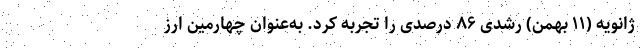
ژانویه (۱۱ بهمن) رشدی ۸۶ درصدی را تجربه کرد. به‌عنوان چهارمین ارز